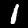
Digit: 1